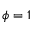
\phi = 1